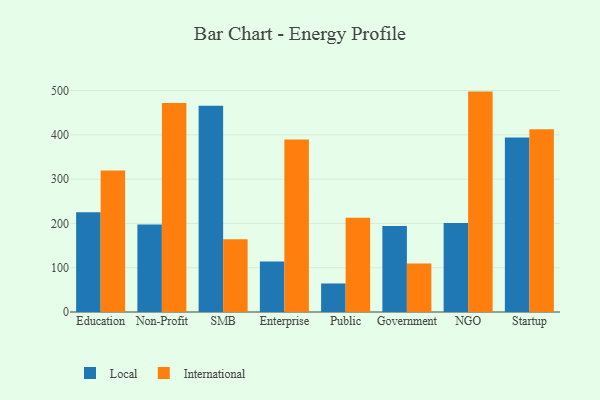
{"axis": {"x": "Segment", "y": "Population (Million)"}, "legend": ["International", "Local"], "data": [{"x": "Education", "y": 225.4, "type": "Local"}, {"x": "Education", "y": 319.5, "type": "International"}, {"x": "Non-Profit", "y": 197.6, "type": "Local"}, {"x": "Non-Profit", "y": 471.6, "type": "International"}, {"x": "SMB", "y": 465.6, "type": "Local"}, {"x": "SMB", "y": 164.3, "type": "International"}, {"x": "Enterprise", "y": 114.0, "type": "Local"}, {"x": "Enterprise", "y": 389.7, "type": "International"}, {"x": "Public", "y": 64.4, "type": "Local"}, {"x": "Public", "y": 212.6, "type": "International"}, {"x": "Government", "y": 194.0, "type": "Local"}, {"x": "Government", "y": 109.3, "type": "International"}, {"x": "NGO", "y": 200.8, "type": "Local"}, {"x": "NGO", "y": 497.6, "type": "International"}, {"x": "Startup", "y": 394.1, "type": "Local"}, {"x": "Startup", "y": 412.6, "type": "International"}]}